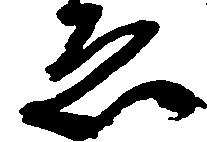
ゑ